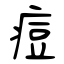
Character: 痘